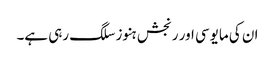
ان کی مایوسی اور رنجش ہنوز سلگ رہی ہے۔